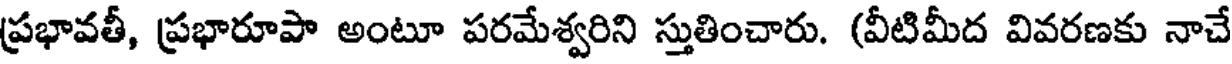
ప్రభావతీ, ప్రభారూపా అంటూ పరమేశ్వరిని స్తుతించారు. (వీటిమీద వివరణకు నాచే